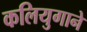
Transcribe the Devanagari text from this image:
कलियुगाने